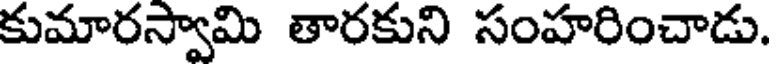
కుమారస్వామి తారకుని సంహరించాడు.